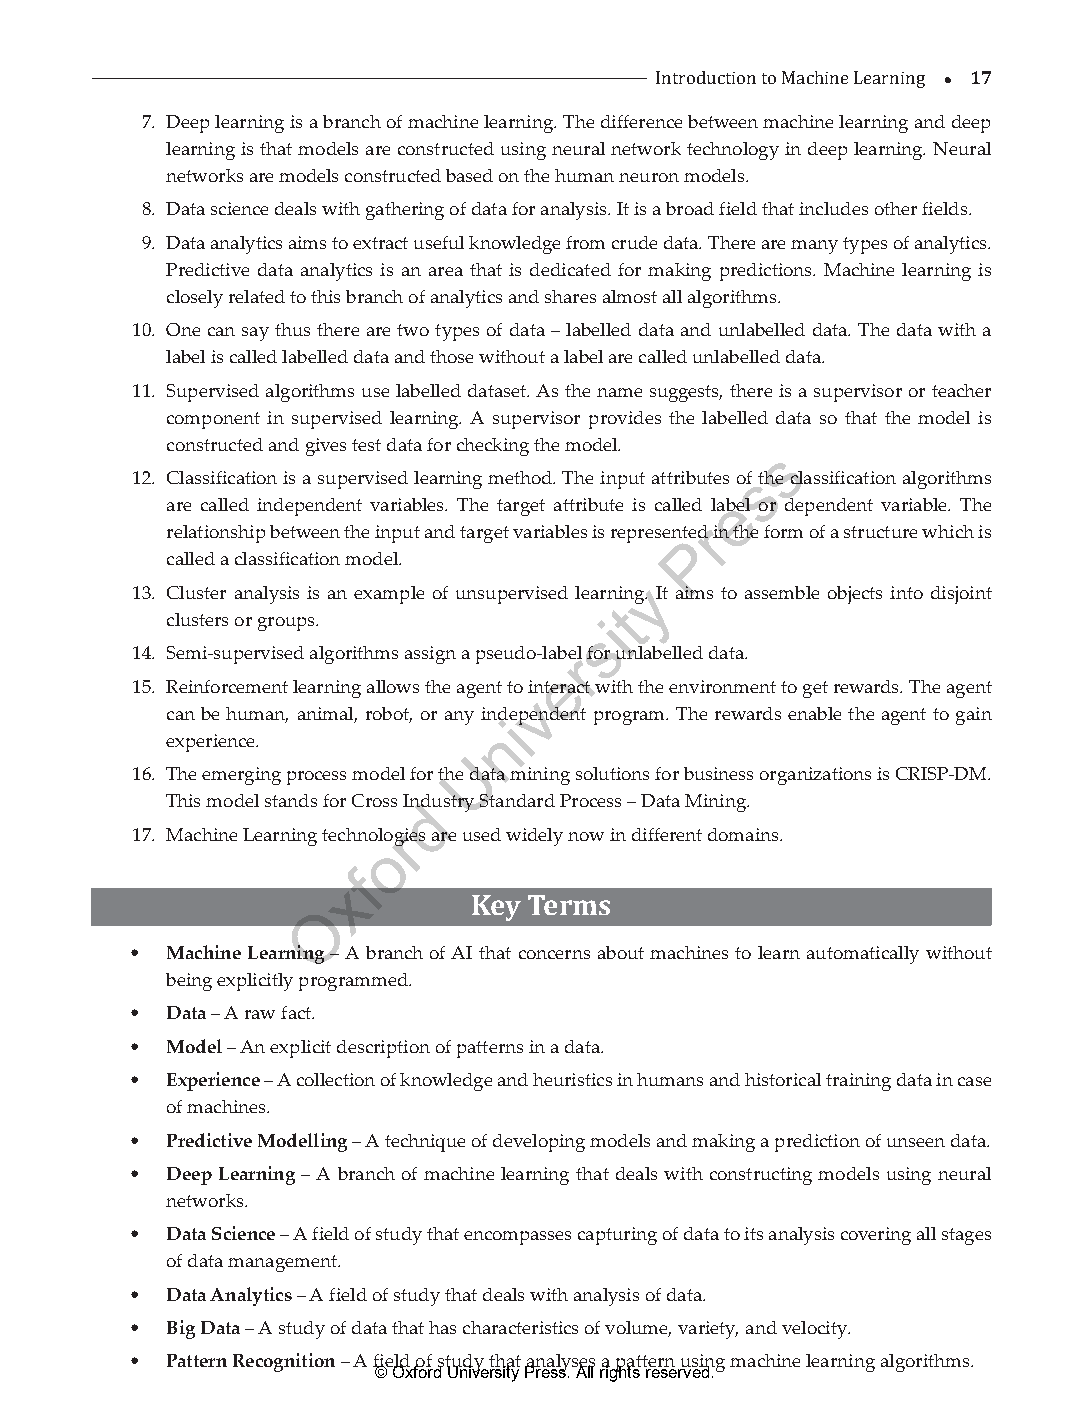
 17
 7. Deep learning is a branch of machine learning. The differenIncter obdeutwcteioenn tmo aMcahcihnien lee Larenairnngin agn d d eep
 learning is that models are constructed using neural network technology in deep learning. Neural
 networks are models constructed based on the human neuron models.
 8. Data science deals with gathering of data for analysis. It is a broad field that includes other fields.
 9. Data analytics aims to extract useful knowledge from crude data. There are many types of analytics.
 Predictive data analytics is an area that is dedicated for making predictions. Machine learning is
 closely related to this branch of analytics and shares almost all algorithms.
 10. One can say thus there are two types of data – labelled data and unlabelled data. The data with a
 label is called labelled data and those without a label are called unlabelled data.
 11. Supervised algorithms use labelled dataset. As the name suggests, there is a supervisor or teacher
 component in supervised learning. A supervisor provides the labelled data so that the model is
 constructed and gives test data for checking the model. s
 12. Classification is a supervised learning method. The input attributes ofs the classification algorithms
 e
 are called independent variables. The target attribute is called label or dependent variable. The
 r
 relationship between the input and target variables is represented in the form of a structure which is
 P
 called a classification model.
 y
 13. Cluster analysis is an example of unsupervised learning. It aims to assemble objects into disjoint
 t
 clusters or groups.          i
 s
 14. Semi-supervised algorithms assign a pseudo-labrel for unlabelled data.
 e
 15. Reinforcement learning allows the agent to interact with the environment to get rewards. The agent
 v
 can be human, animal, robot, or any indiependent program. The rewards enable the agent to gain
 n
 experience.
 U
 16. The emerging process model for the data mining solutions for business organizations is CRISP-DM.
 This model stands for Cross Inddustry Standard Process – Data Mining.
 17. Machine Learning technolorgies are used widely now in different domains.
 o
 f
 x
 O         Key Terms
 • Machine Learning – A branch of AI that concerns about machines to learn automatically without
 being explicitly programmed.
 • Data – A raw fact.
 • Model – An explicit description of patterns in a data.
 • Experience – A collection of knowledge and heuristics in humans and historical training data in case
 of machines.
 • Predictive Modelling – A technique of developing models and making a prediction of unseen data.
 • Deep Learning – A branch of machine learning that deals with constructing models using neural
 networks.
 • Data Science – A field of study that encompasses capturing of data to its analysis covering all stages
 of data management.
 • Data Analytics – A field of study that deals with analysis of data.
 • Big Data – A study of data that has characteristics of volume, variety, and velocity.
 • Pattern Recognition – A field of study that analyses a pattern using machine learning algorithms.
 © Oxford University Press. All rights reserved.
 ML_01.indd 17                                                 26-Mar-21 3:12:42 PM